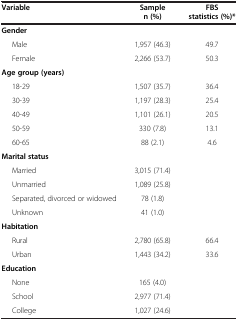
| Variable | Sample n (%) | FBS statistics (%)* |
 | --- | --- | --- |
 | <COLSPAN=3> Gender |
 | Male | 1,957 (46.3) | 49.7 |
 | Female | 2,266 (53.7) | 50.3 |
 | <COLSPAN=3> Age group (years) |
 | 18-29 | 1,507 (35.7) | 36.4 |
 | 30-39 | 1,197 (28.3) | 25.4 |
 | 40-49 | 1,101 (26.1) | 20.5 |
 | 50-59 | 330 (7.8) | 13.1 |
 | 60-65 | 88 (2.1) | 4.6 |
 | <COLSPAN=3> Marital status |
 | Married | 3,015 (71.4) | <ROWSPAN=4>  |
 | Unmarried | 1,089 (25.8) |
 | Separated, divorced or widowed | 78 (1.8) |
 | Unknown | 41 (1.0) |
 | <COLSPAN=3> Habitation |
 | Rural | 2,780 (65.8) | 66.4 |
 | Urban | 1,443 (34.2) | 33.6 |
 | <COLSPAN=3> Education |
 | None | 165 (4.0) |  |
 | School | 2,977 (71.4) |  |
 | College | 1,027 (24.6) |  |